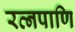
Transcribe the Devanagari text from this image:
रत्नपाणि